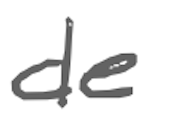
Text: de
Cross-out: clean
Writing tool: digital_gray